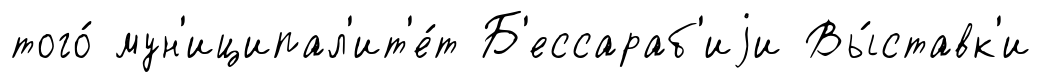
того́ мун'иципал'ит'е́т Б'ессараб'иjи Вы́ставк'и